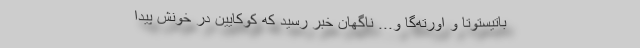
باتیستوتا و اورته‌گا و... ناگهان خبر رسید که کوکایین در خونش پیدا